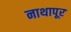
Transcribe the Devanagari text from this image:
नाथापूर